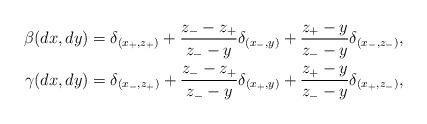
LaTeX: \begin{align*} \beta(dx,dy) &= \delta_{(x_+,z_+)} + \frac{z_--z_+}{z_--y}\delta_{(x_-,y)} + \frac{z_+-y}{z_--y}\delta_{(x_-,z_-)} ,\\ \gamma(dx,dy) &= \delta_{(x_-,z_+)} + \frac{z_--z_+}{z_--y}\delta_{(x_+,y)} + \frac{z_+-y}{z_--y}\delta_{(x_+,z_-)},\end{align*}